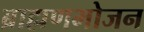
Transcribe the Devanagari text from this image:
ब्राह्मणभोजन